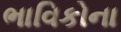
ભાવિકોના